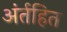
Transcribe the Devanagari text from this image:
अंर्तहित